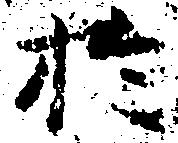
於